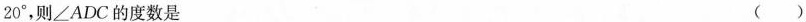
2 0 °$$，则∠ADC的度数是 ( )